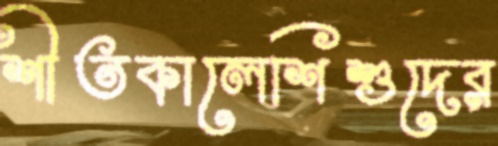
শীতকালেশিশুদের